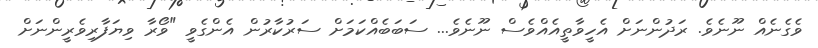
ވެގެނެއް ނޫނެވެ. ރަދުންނަށް އެހީވާތީއެއްވެސް ނޫނެވެ... ސަބަބެއްކަމަށް ސަރުކާރުން އެންގެވީ "ވޯރާ ވިޔަފާރިވެރީންނަށް